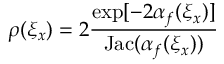
\rho ( \xi _ { x } ) = 2 \frac { \exp [ - 2 \alpha _ { f } ( \xi _ { x } ) ] } { \mathrm { J a c } ( \alpha _ { f } ( \xi _ { x } ) ) }